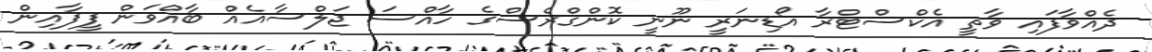
ދެއްވާފައި ވާތީ އެކްސްޓްރާ އޯޑިނަރީ ނޫނީ ކޮންގްރެސްގެ ހާއްސަ ޖަލްސާއެއް ބާއްވަން ފީފާއިން